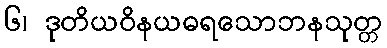
၆၊ ဒုတိယဝိနယဓရသောဘနသုတ္တ